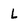
Character: L